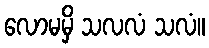
လောမမှိ သလလံ သလံ။